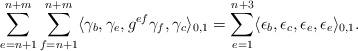
\begin{align*}\sum_{e=n+1}^{n+m}\sum_{f=n+1}^{n+m}\langle \gamma_b, \gamma_e, g^{ef}\gamma_f,\gamma_c\rangle_{0,1}=\sum_{e=1}^{n+3}\langle \epsilon_b, \epsilon_c,\epsilon_e,\epsilon_e\rangle_{0,1}.\end{align*}